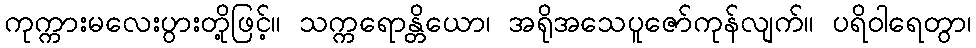
ကုက္ကားမလေးပွားတို့ဖြင့်။ သက္ကရောန္တိယော၊ အရိုအသေပူဇော်ကုန်လျက်။ ပရိဝါရေတွာ၊